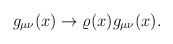
\begin{align*}g_{\mu\nu}(x)\rightarrow \varrho(x)g_{\mu\nu}(x).\end{align*}